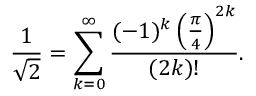
{ \frac { 1 } { \sqrt { 2 } } } = \sum _ { k = 0 } ^ { \infty } { \frac { ( - 1 ) ^ { k } \left( { \frac { \pi } { 4 } } \right) ^ { 2 k } } { ( 2 k ) ! } } .